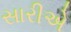
સારીએ